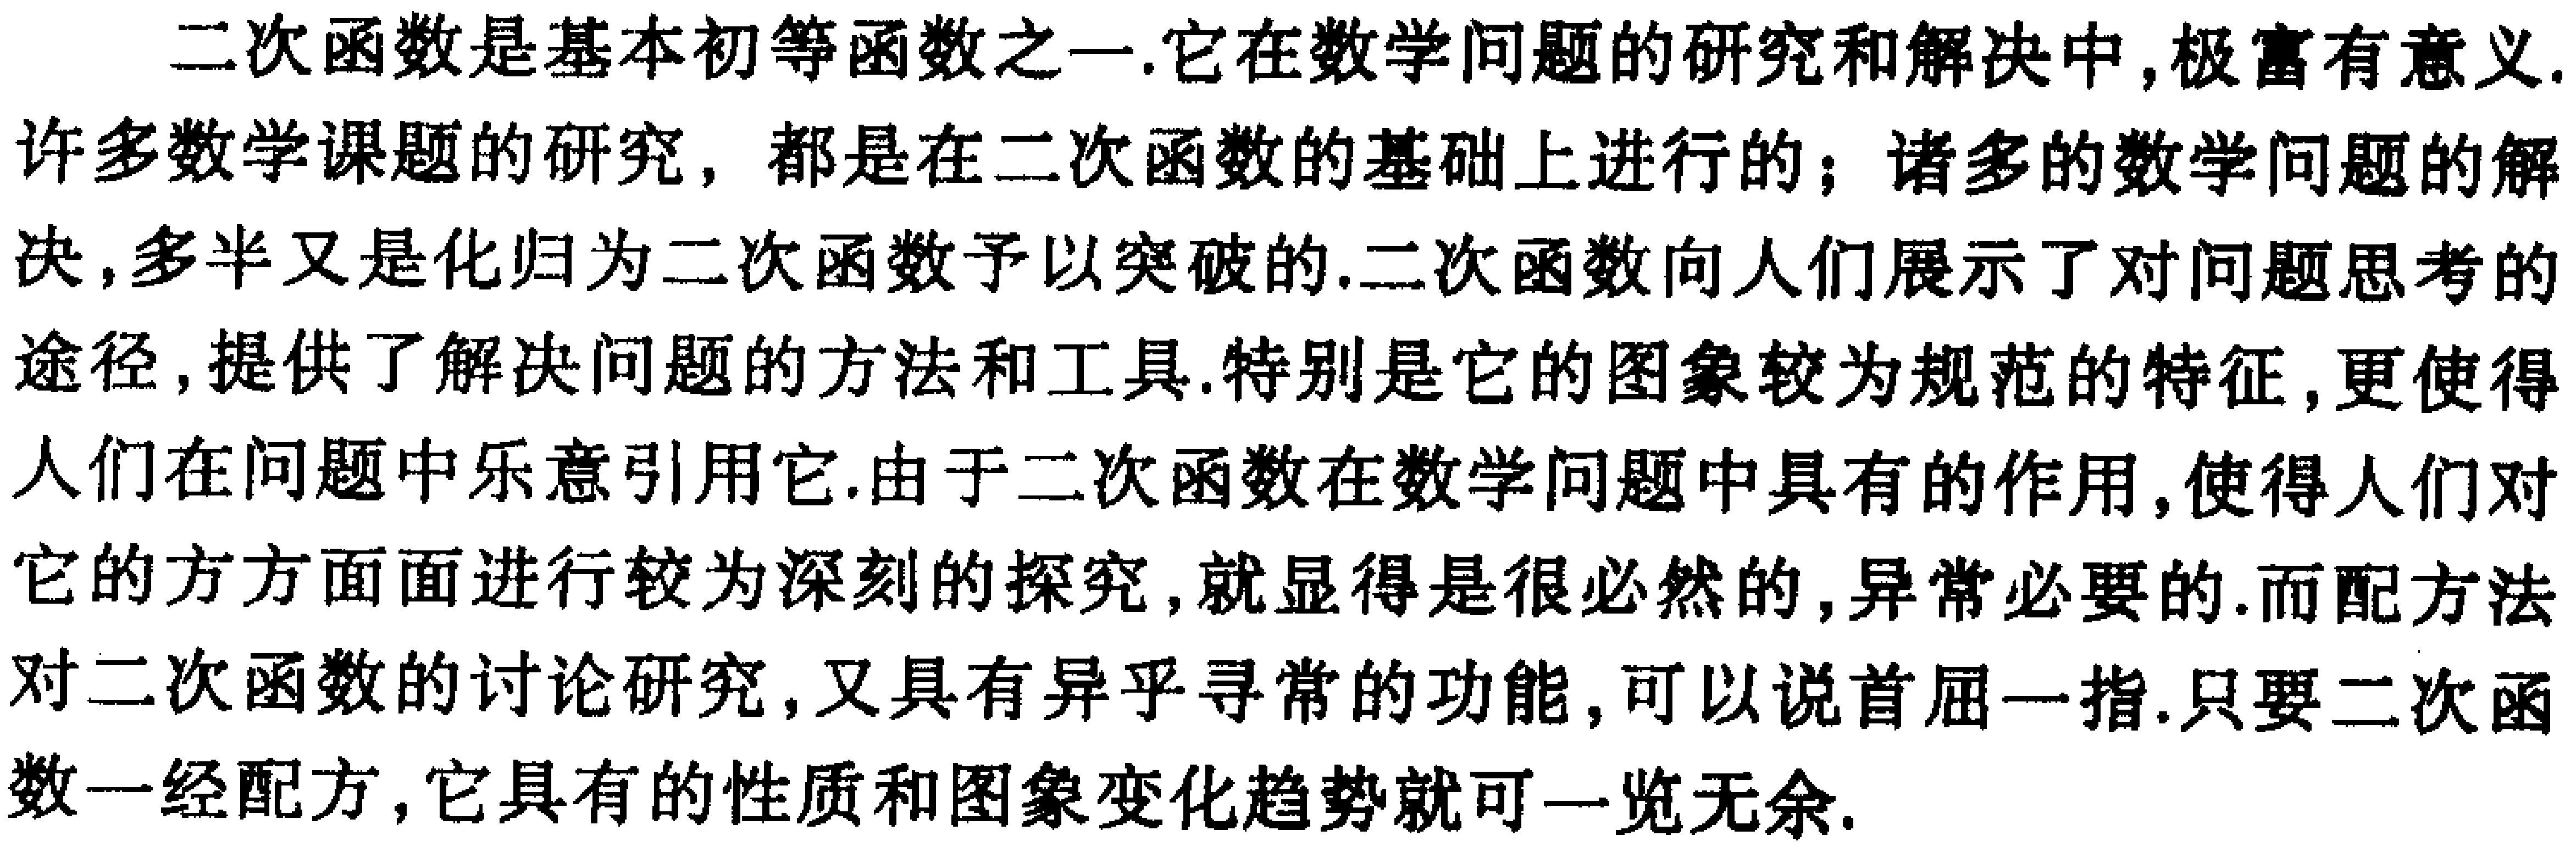
二次函数是基本初等函数之一.它在数学问题的研究和解决中,极富有意义.许多数学课题的研究，都是在二次函数的基础上进行的；诸多的数学问题的解决,多半又是化归为二次函数予以突破的.二次函数向人们展示了对问题思考的途径,提供了解决问题的方法和工具.特别是它的图象较为规范的特征,更使得人们在问题中乐意引用它.由于二次函数在数学问题中具有的作用,使得人们对它的方方面面进行较为深刻的探究,就显得是很必然的,异常必要的.而配方法对二次函数的讨论研究,又具有异乎寻常的功能,可以说首屈一指.只要二次函数一经配方,它具有的性质和图象变化趋势就可一览无余.